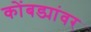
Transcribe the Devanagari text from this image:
कोंबड्यांवर